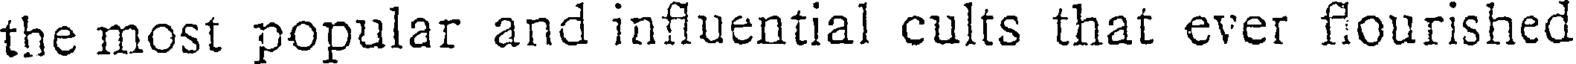
the most popular and influential cults that ever flourished